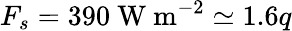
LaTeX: F_{s}=390~\mathrm{W~m}^{-2}\simeq 1.6q